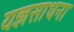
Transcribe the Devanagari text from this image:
यज्ञसाधना